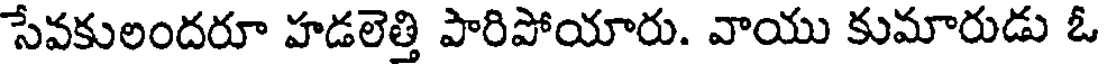
సేవకులందరూ హడలెత్తి పారిపోయారు. వాయు కుమారుడు ఓ